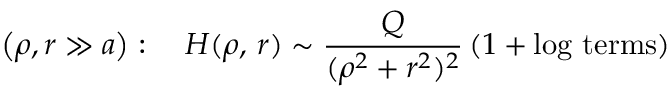
\left( \rho , r \gg a \right) : \quad H ( \rho , \, r ) \sim \frac { Q } { ( \rho ^ { 2 } + r ^ { 2 } ) ^ { 2 } } \left( 1 + \mathrm { l o g ~ t e r m s } \right)